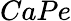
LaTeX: CaPe